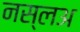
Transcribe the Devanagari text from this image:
नस्लअ